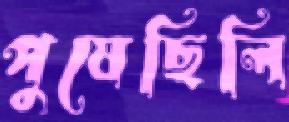
পুষেছিলি